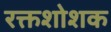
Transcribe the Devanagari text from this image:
रक्तशोशक